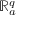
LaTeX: \mathbb { R } _ { a } ^ { q }